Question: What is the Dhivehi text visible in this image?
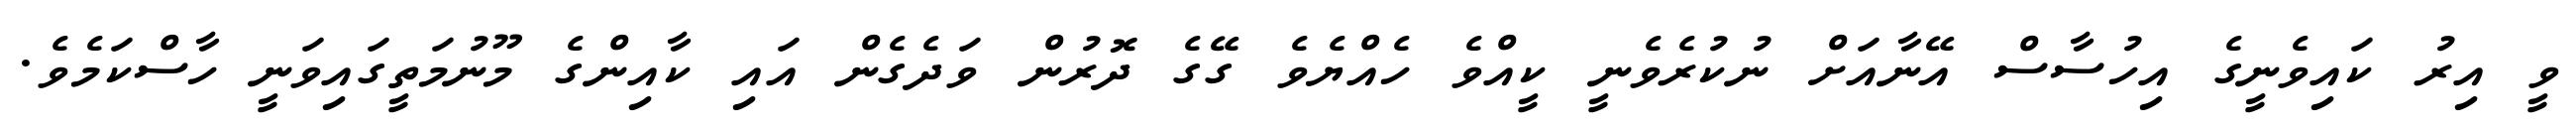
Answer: ވީ އިރު ކައިވެނީގެ އިހުސާސް އޭނާއަށް ނުކުރެވެނީ ކީއްވެ ހެއްޔެވެ ގޭގެ ދޮރުން ވަދެގެން އައި ކާއިންގެ މޫނުމަތީގައިވަނީ ހާސްކަމެވެ.